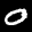
Label: 0